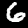
Digit: 6